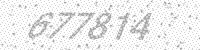
Solution: 677814